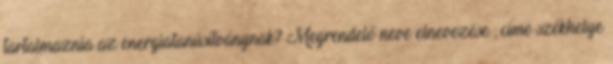
tartalmaznia az energiatanúsítványnak? Megrendelő neve elnevezése , címe székhelye